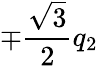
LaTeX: \mp\frac{\sqrt{3}}{2}q_{2}